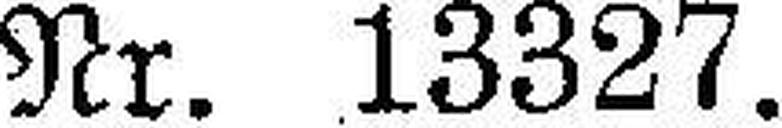
Nr. 13327.